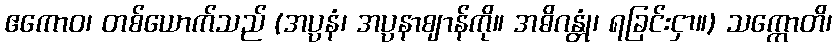
ဧကောဝ၊ တစ်ယောက်သည် (အပ္ပနံ၊ အပ္ပနာဈာန်ကို။ အဓိဂန္တုံ၊ ရခြင်းငှာ။) သက္ကောတိ၊